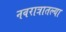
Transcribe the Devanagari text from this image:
नवरात्रातल्या